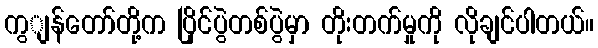
ကွျန်တော်တို့က ပြိုင်ပွဲတစ်ပွဲမှာ တိုးတက်မှုကို လိုချင်ပါတယ်။